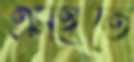
এসইতে